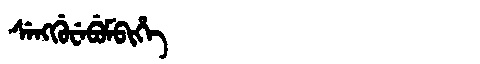
Manchu: ᠰᡝᠩᡤᡠᠸᡝᠪᡠᠮᠪᡳᡥᡝ
Romanization: SENGGUWEBUMBIHE